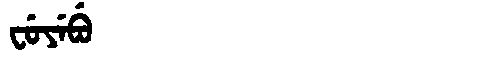
Manchu: ᠸᡠᠶᡝᠪᡠ
Romanization: FUYEBU